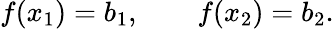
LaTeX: f(x_{1})=b_{1},\qquad f(x_{2})=b_{2}.